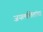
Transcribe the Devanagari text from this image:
जयललितांचा